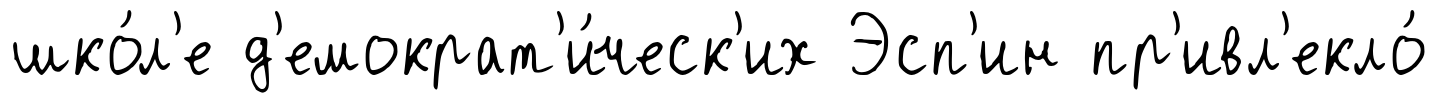
шко́л'е д'емократ'и́ческ'их Эсп'ин пр'ивл'екло́